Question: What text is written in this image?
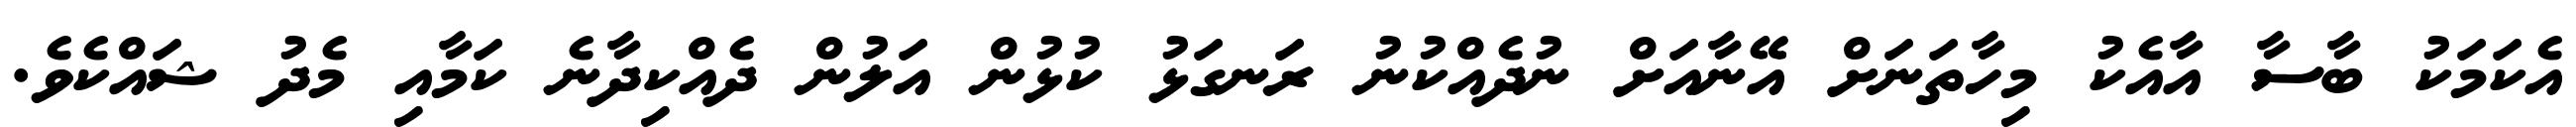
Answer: އެކަމަކު ބާސާ އާއެކު މިހާތަނަށް އޭނާއަށް ނުދެއްކުނު ރަނގަޅު ކުޅުން އަލުން ދެއްކިދާނެ ކަމާއި މެދު ޝައްކެވެ.